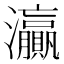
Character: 灜